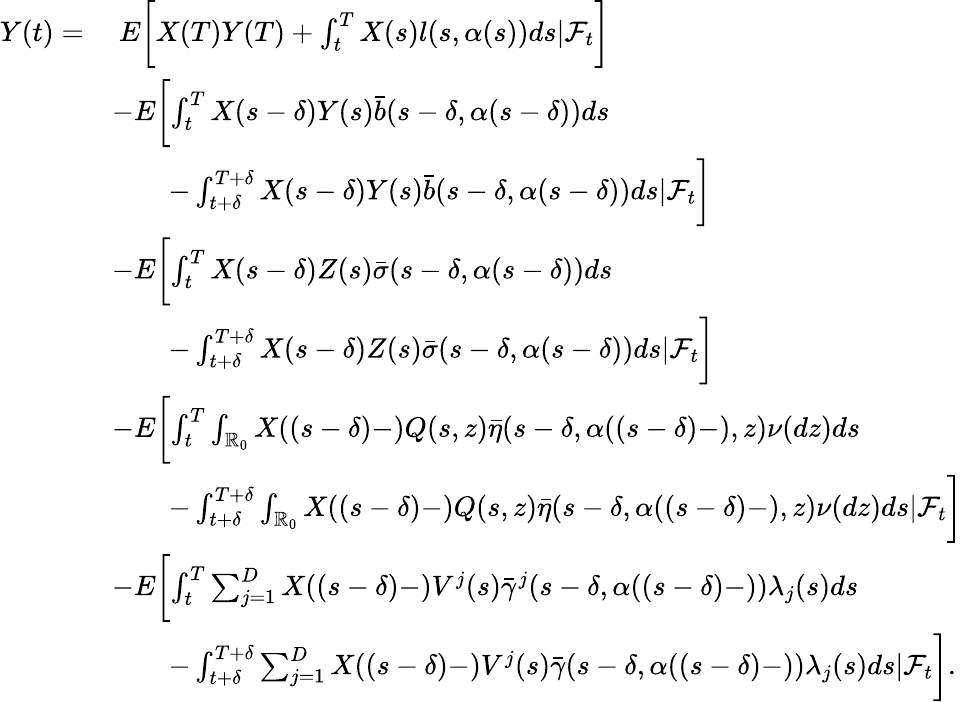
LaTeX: \begin{array}{rl}{Y(t)=}&{\ E\biggl[X(T)Y(T)+\int_{t}^{T}X(s)l(s,\alpha(s))ds|\mathcal{F}_{t}\biggr]}\\ &{-E\biggl[\int_{t}^{T}X(s-\delta)Y(s)\bar{b}(s-\delta,\alpha(s-\delta))ds}\\ &{\qquad-\int_{t+\delta}^{T+\delta}X(s-\delta)Y(s)\bar{b}(s-\delta,\alpha(s-\delta))ds|\mathcal{F}_{t}\biggr]}\\ &{-E\biggl[\int_{t}^{T}X(s-\delta)Z(s)\bar{\sigma}(s-\delta,\alpha(s-\delta))ds}\\ &{\qquad-\int_{t+\delta}^{T+\delta}X(s-\delta)Z(s)\bar{\sigma}(s-\delta,\alpha(s-\delta))ds|\mathcal{F}_{t}\biggr]}\\ &{-E\biggl[\int_{t}^{T}\int_{\mathbb{R}_{0}}X((s-\delta)-)Q(s,z)\bar{\eta}(s-\delta,\alpha((s-\delta)-),z)\nu(dz)ds}\\ &{\qquad-\int_{t+\delta}^{T+\delta}\int_{\mathbb{R}_{0}}X((s-\delta)-)Q(s,z)\bar{\eta}(s-\delta,\alpha((s-\delta)-),z)\nu(dz)ds|\mathcal{F}_{t}\biggr]}\\ &{-E\biggl[\int_{t}^{T}\sum_{j=1}^{D}X((s-\delta)-)V^{j}(s)\bar{\gamma}^{j}(s-\delta,\alpha((s-\delta)-))\lambda_{j}(s)ds}\\ &{\qquad-\int_{t+\delta}^{T+\delta}\sum_{j=1}^{D}X((s-\delta)-)V^{j}(s)\bar{\gamma}(s-\delta,\alpha((s-\delta)-))\lambda_{j}(s)ds|\mathcal{F}_{t}\biggr].}\end{array}